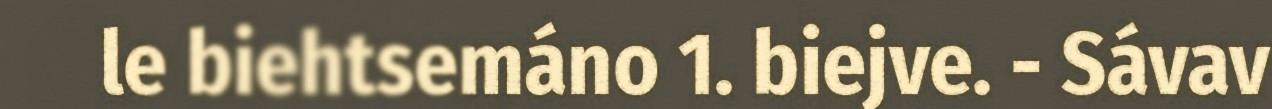
le biehtsemáno 1. biejve. - Sávav